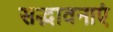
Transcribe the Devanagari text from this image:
सद्भावनाएं